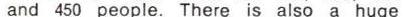
and 450 people. There is also a huge